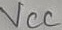
Text: VCC